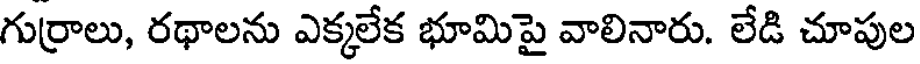
గుర్రాలు, రథాలను ఎక్కలేక భూమిపై వాలినారు. లేడి చూపుల